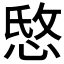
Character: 𰑭